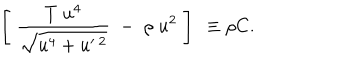
LaTeX: \left[ \; \frac { T \; u ^ { 4 } } { \sqrt { u ^ { 4 } + u ^ { \prime \ 2 } } } \; - \; \rho \; u ^ { 2 } \; \right] \ \equiv \rho C .